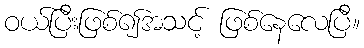
ဝယ်ပြီးဖြစ်၍အသင့် ဖြစ်နေလေပြီ။